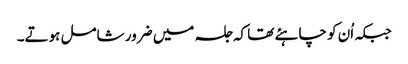
جبکہ اُن کو چاہئے تھا کہ جلسہ میں ضرور شامل ہوتے۔